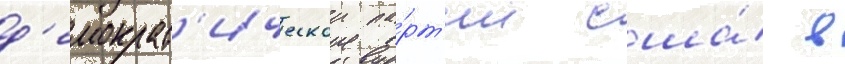
д'емократ'ическои па́рт'ии сша́ в